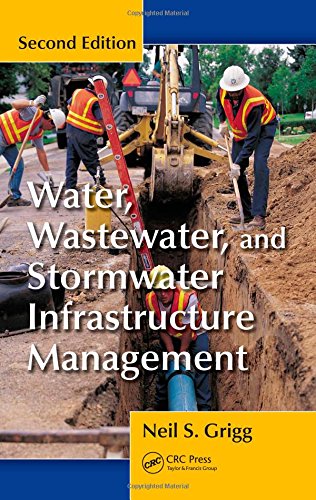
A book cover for Water, Wastewater, and Stormwater Infrastructure Management, Second Edition; Neil S. Grigg; Science & Math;